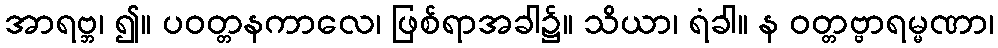
အာရဗ္ဘ၊ ၍။ ပဝတ္တနကာလေ၊ ဖြစ်ရာအခါ၌။ သိယာ၊ ရံခါ။ န ဝတ္တဗ္ဗာရမ္မဏာ၊